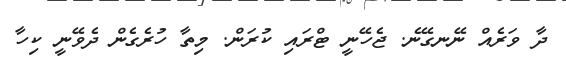
ދާ ވަރެއް ނޭނގޭނެ. ޖެހޭނީ ޓްރައި ކުރަން. މިތާ ހުރެގެން ދެވޭނީ ކިހާ